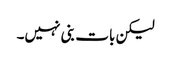
لیکن بات بنی نہیں۔